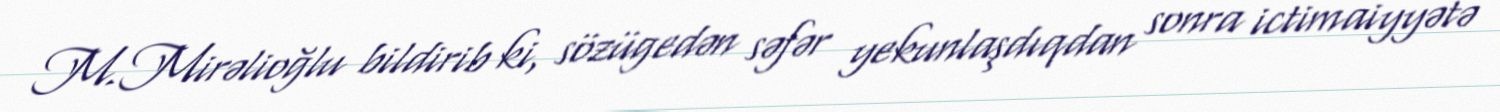
M.Mirəlioğlu bildirib ki, sözügedən səfər yekunlaşdıqdan sonra ictimaiyyətə